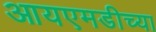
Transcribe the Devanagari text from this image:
आयएमडीच्या